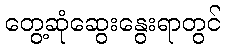
တွေ့ဆုံဆွေးနွေးရာတွင်